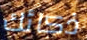
ذكائك